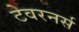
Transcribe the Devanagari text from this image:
टेवरनर्स